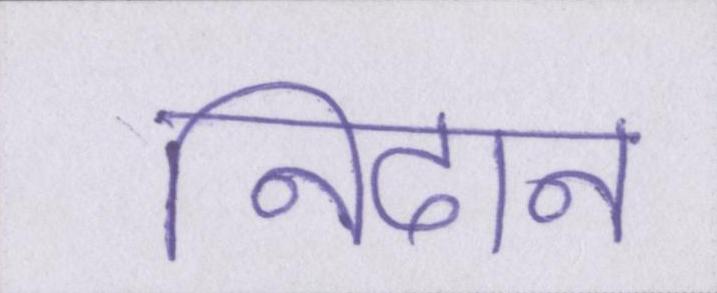
निदान